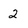
Character: 2